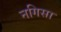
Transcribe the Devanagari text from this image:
नगिसा